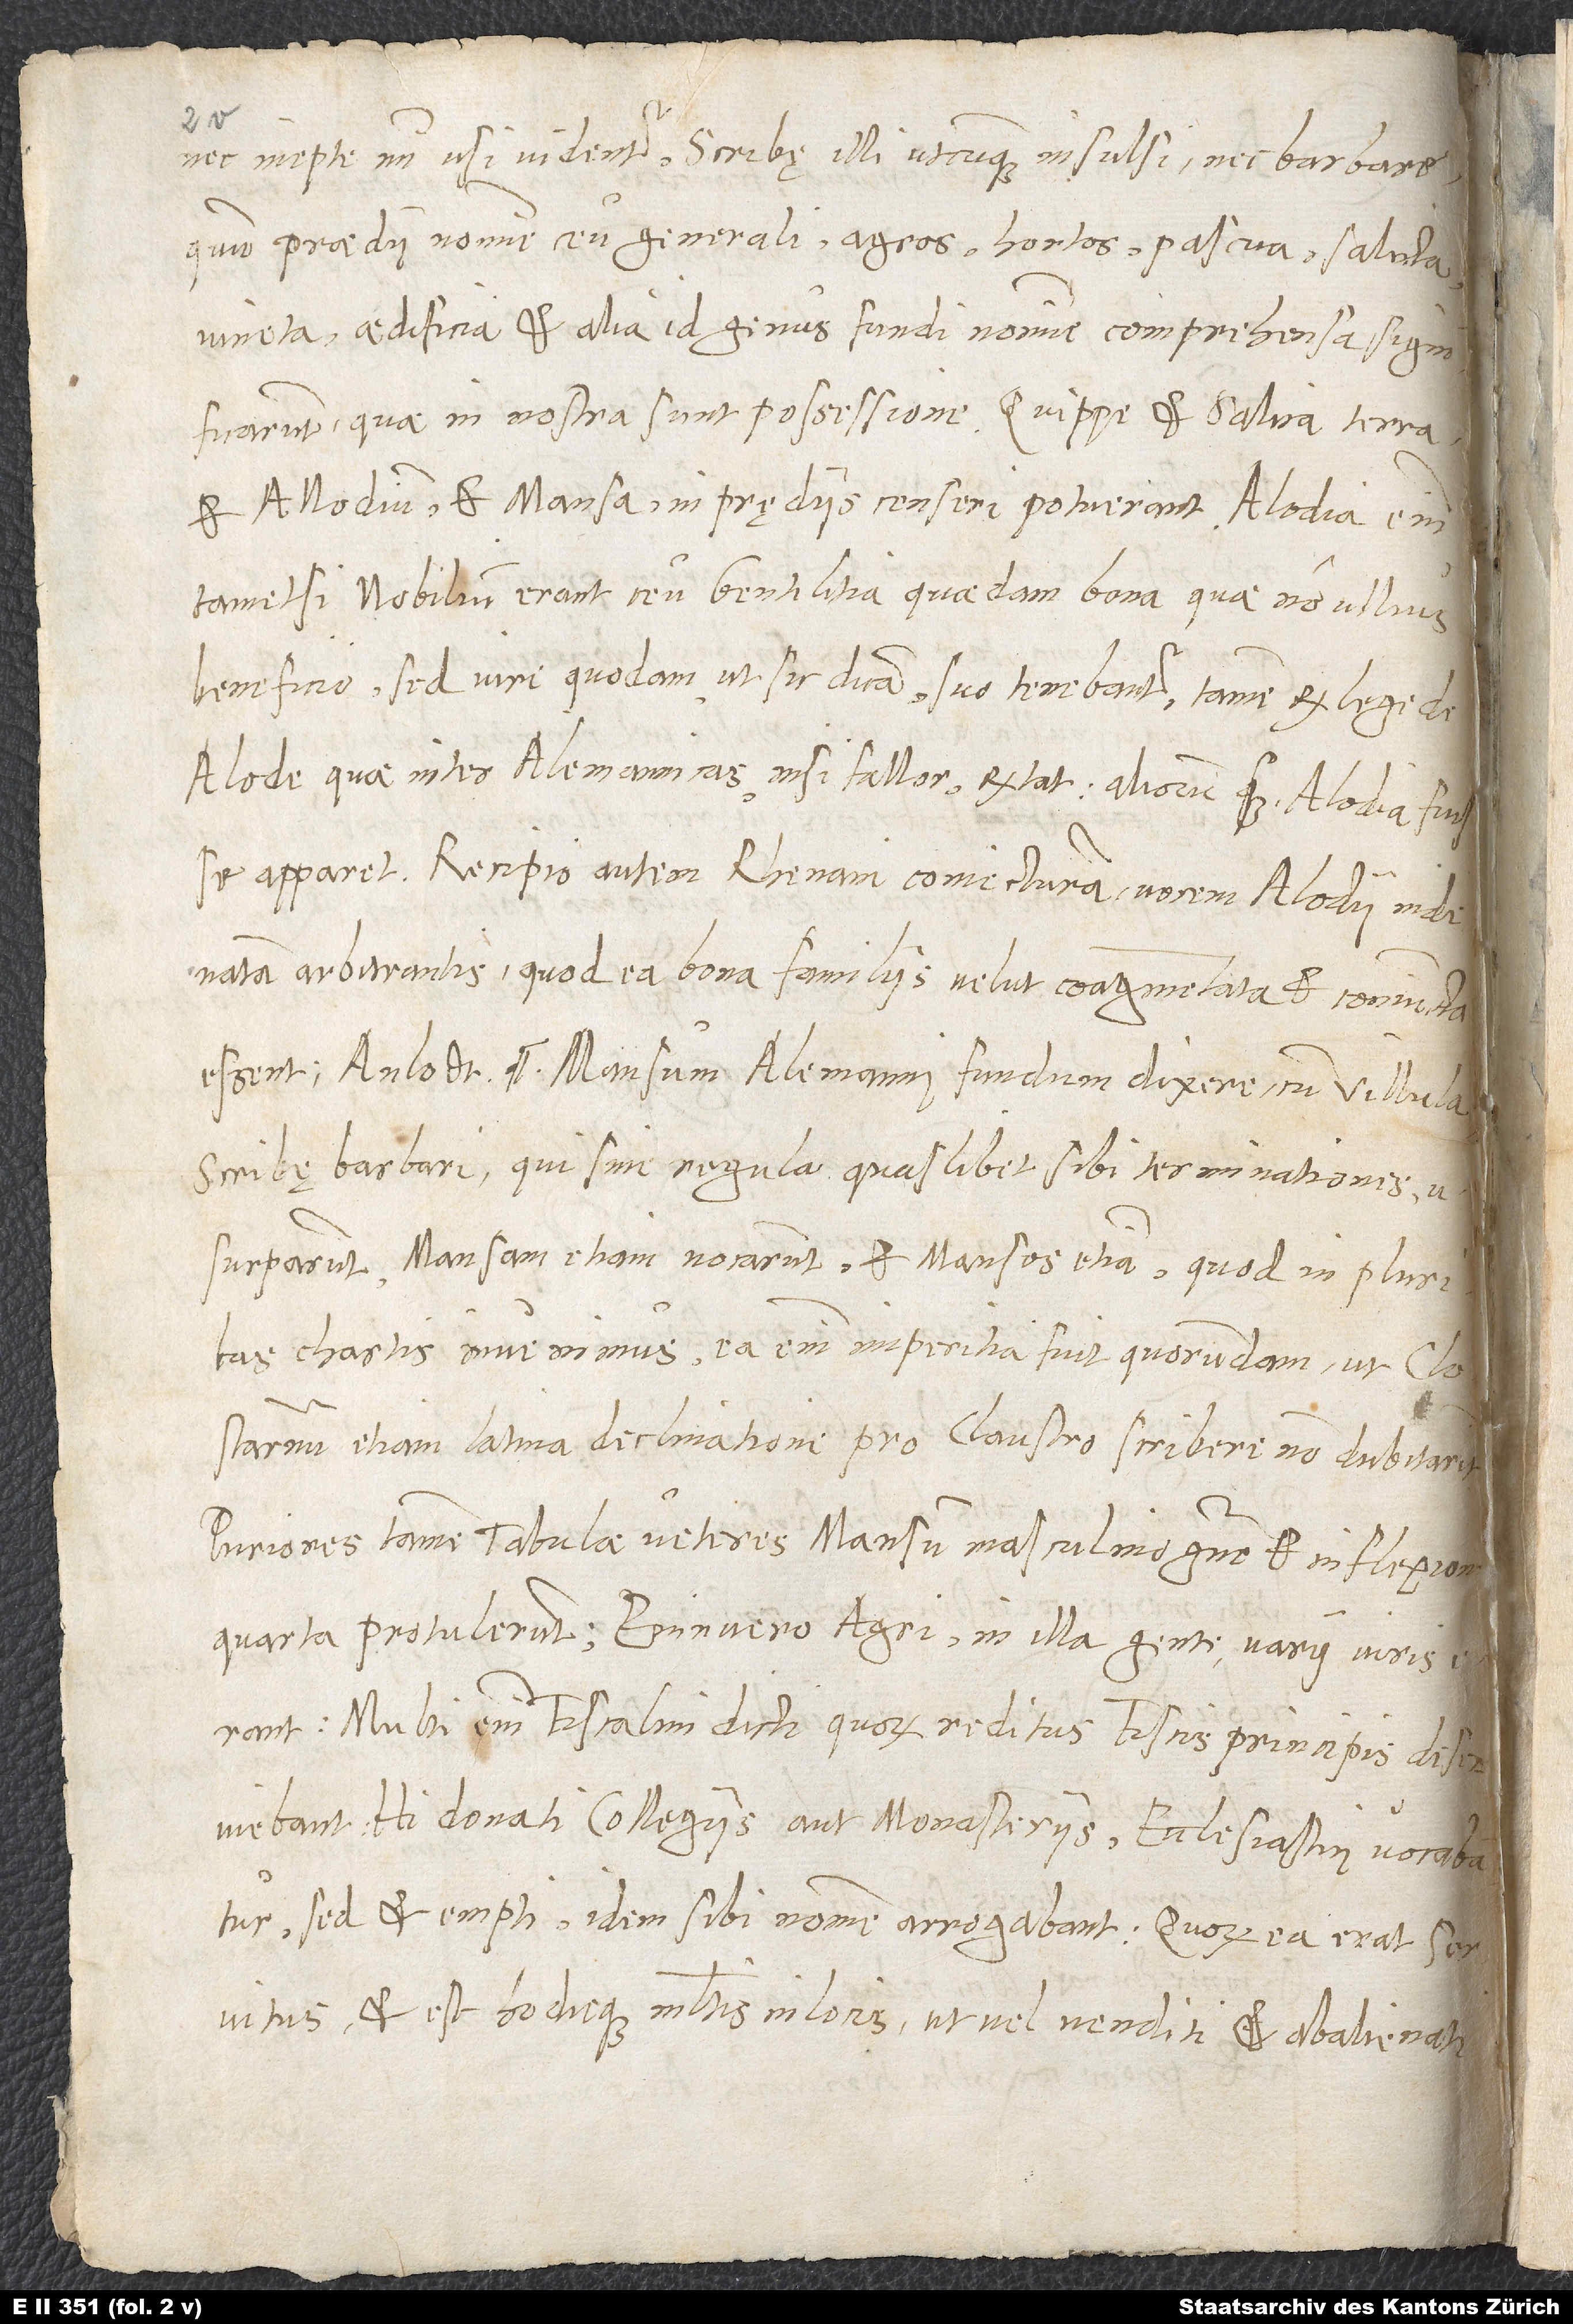
nec inepte mihi usi videntur scribę illi utcunque insulsi nec barbare,
quum praedii nomine ceu generali agros, hortos, pascua, salicta,
vineta, aedificia et alia id genus fundi nomine comprehensa significarunt,
quae in nostra sunt possessione. Quippe et salica terra
et allodium et mansa in prędiis censeri potuerant. Alodia enim
tametsi nobilium erant ceu gentilitia quaedam bona, quae non ullius
beneficio, sed iure quodam, ut sic dicam, suo tenebantur, tamen ex lege de
alode, quae inter Alemannicas, nisi fallor, extat, aliorum quoque alodia fuisse
apparet. Recipio autem Rhenani coniecturam vocem alodii inde
natam arbitrantis, quod ea bona familiis velut coagmentata et coniuncta
essent, „anlodt“. Mansum Alemanni fundum dixere cum villula.
Scribę barbari, qui sine regula quaslibet sibi terminationes
usurparunt, mansam etiam vocarunt et mansos etiam, quod in pluribus
chartis invenimus. Ea enim imperitia fuit quorundam, ut „clostarnum“
etiam Latina declinatione pro „claustro“ scribere non dubitarint.
Puriores tamen tabulae veteres mansum masculino genere et in flexione
multi enim fiscalini dicti, quorum reditus fiscis principis deserviebant.
Hi donati collegiis aut monasteriis ecclesiastici vocabantur;
sed et empti idem sibi nomen arrogabant; quorum ea erat servitus
et est hodieque multis in locis, ut vel venditi et abalienati